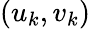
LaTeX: (u_{k},v_{k})